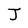
Character: J